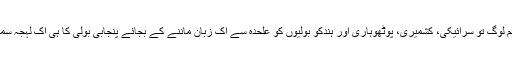
پنجاب کے کئی اہل علم لوگ تو سرائیکی، کشمیری، پوٹھوہاری اور ہندکو بولیوں کو علحدہ سے اک زبان ماننے کے بجائے پنجابی بولی کا ہی اک لہجہ سمجھتے اور مانتے ہیں۔